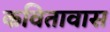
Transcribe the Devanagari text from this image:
कवितावास